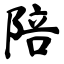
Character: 陪